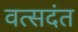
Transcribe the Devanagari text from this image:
वत्सदंत